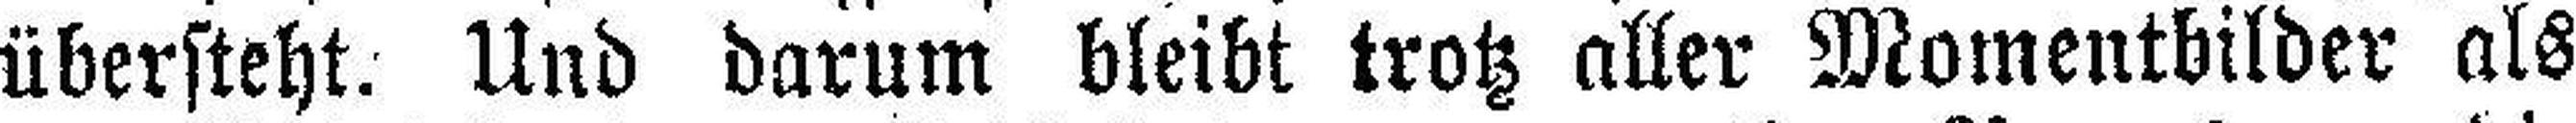
übersteht. Und darum bleibt trotz aller Momentbilder als